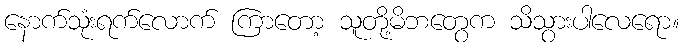
နောက်သုံးရက်လောက် ကြာတော့ သူတို့မိဘတွေက သိသွားပါလေရော။